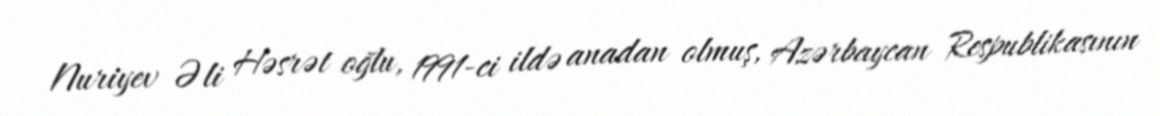
Nuriyev Əli Həsrət oğlu, 1991-ci ildə anadan olmuş, Azərbaycan Respublikasının